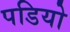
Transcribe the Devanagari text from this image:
पडियो